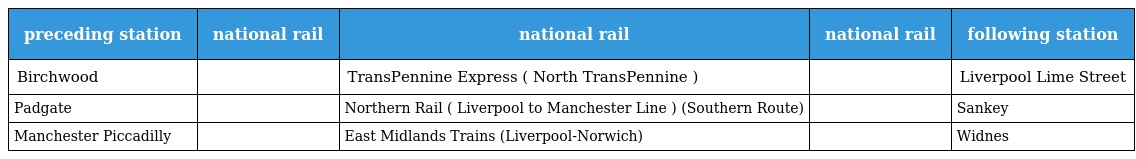
| preceding station | national rail | national rail | national rail | following station |
 | --- | --- | --- | --- | --- |
 | Birchwood |  | TransPennine Express ( North TransPennine ) |  | Liverpool Lime Street |
 | Padgate |  | Northern Rail ( Liverpool to Manchester Line ) (Southern Route) |  | Sankey |
 | Manchester Piccadilly |  | East Midlands Trains (Liverpool-Norwich) |  | Widnes |